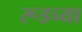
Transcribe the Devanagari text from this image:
रूडच्या